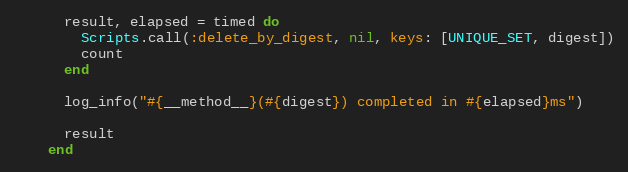
Language: Ruby
      result, elapsed = timed do
        Scripts.call(:delete_by_digest, nil, keys: [UNIQUE_SET, digest])
        count
      end

      log_info("#{__method__}(#{digest}) completed in #{elapsed}ms")

      result
    end